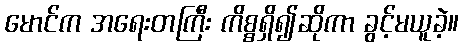
မောင်က အရေးတကြီး ကိစ္စရှိ၍ဆိုကာ ခွင့်မယူခဲ့။